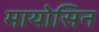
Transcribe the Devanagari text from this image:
मायोसिन